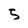
Character: 5